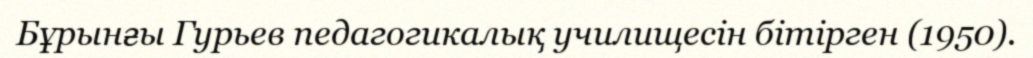
Бұрынғы Гурьев педагогикалық училищесін бітірген (1950).